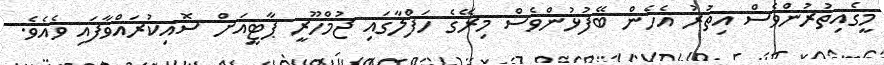
މީގެއިތުރުންވެސް އިތުރު އެހެން ބޭފުޅުންވެސް މިރޭގެ ހަފްލާގައި ޖުމްހޫރީ ޕާޓީއަށް ސޮއިކުރައްވާފައި ވެއެވެ.